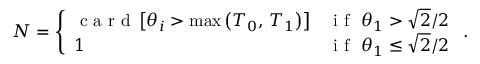
N = \left\{ \begin{array} { l l } { \mathrm { ~ c ~ a ~ r ~ d ~ } \left[ \theta _ { i } > \operatorname* { m a x } \left( T _ { 0 } , \, T _ { 1 } \right) \right] } & { \mathrm { ~ i ~ f ~ } \, \, \theta _ { 1 } > \sqrt { 2 } / 2 } \\ { 1 } & { \mathrm { ~ i ~ f ~ } \, \, \theta _ { 1 } \le \sqrt { 2 } / 2 } \end{array} \right. .